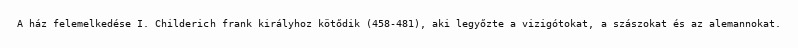
A ház felemelkedése I. Childerich frank királyhoz kötődik (458-481), aki legyőzte a vizigótokat, a szászokat és az alemannokat.